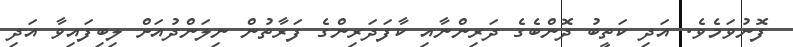
ފޮނުވަމެވެ. އަދި ކަތީބު ދޮންބެގެ ދަރިންނާއި ކާފަދަރިންގެ ފަރާތުން ނިލަންދުއަށް ލިބިފައިވާ އަދި